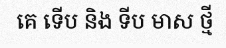
គេ ទើប និង ទីប មាស ថ្មី